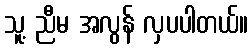
သူ့ ညီမ အလွန် လှပပါတယ်။